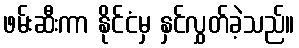
ဖမ်းဆီးကာ နိုင်ငံမှ နှင်လွှတ်ခဲ့သည်။